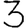
Digit: 3